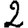
Digit: 2